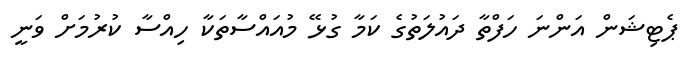
ޕެޓިޝަން އަންނަ ހަފްތާ ދައުލަތުގެ ކަމާ ގުޅޭ މުއައްސާތަކާ ހިއްސާ ކުރުމަށް ވަނީ